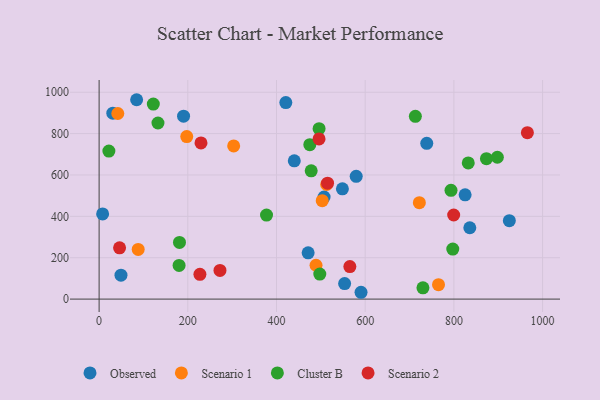
{"axis": {"x": "Study Hours", "y": "Demand"}, "legend": ["Cluster B", "Observed", "Scenario 1", "Scenario 2"], "data": [{"x": "553.6", "y": 75.1, "type": "Observed"}, {"x": "825.3", "y": 504.2, "type": "Observed"}, {"x": "421.0", "y": 950.0, "type": "Observed"}, {"x": "30.9", "y": 899.0, "type": "Observed"}, {"x": "548.6", "y": 533.0, "type": "Observed"}, {"x": "507.3", "y": 493.1, "type": "Observed"}, {"x": "84.6", "y": 963.8, "type": "Observed"}, {"x": "590.6", "y": 33.0, "type": "Observed"}, {"x": "925.0", "y": 379.2, "type": "Observed"}, {"x": "738.8", "y": 752.9, "type": "Observed"}, {"x": "49.3", "y": 115.8, "type": "Observed"}, {"x": "835.9", "y": 344.8, "type": "Observed"}, {"x": "471.3", "y": 223.9, "type": "Observed"}, {"x": "7.9", "y": 411.6, "type": "Observed"}, {"x": "190.4", "y": 884.1, "type": "Observed"}, {"x": "579.7", "y": 593.7, "type": "Observed"}, {"x": "440.1", "y": 668.2, "type": "Observed"}, {"x": "303.4", "y": 740.4, "type": "Scenario 1"}, {"x": "765.3", "y": 69.5, "type": "Scenario 1"}, {"x": "722.1", "y": 466.2, "type": "Scenario 1"}, {"x": "489.1", "y": 163.6, "type": "Scenario 1"}, {"x": "503.1", "y": 475.9, "type": "Scenario 1"}, {"x": "197.6", "y": 785.5, "type": "Scenario 1"}, {"x": "42.1", "y": 897.2, "type": "Scenario 1"}, {"x": "88.1", "y": 240.2, "type": "Scenario 1"}, {"x": "513.1", "y": 554.0, "type": "Scenario 1"}, {"x": "478.2", "y": 620.1, "type": "Cluster B"}, {"x": "730.2", "y": 54.5, "type": "Cluster B"}, {"x": "793.5", "y": 525.7, "type": "Cluster B"}, {"x": "181.2", "y": 273.8, "type": "Cluster B"}, {"x": "22.0", "y": 715.8, "type": "Cluster B"}, {"x": "180.3", "y": 163.0, "type": "Cluster B"}, {"x": "496.0", "y": 823.8, "type": "Cluster B"}, {"x": "873.4", "y": 679.0, "type": "Cluster B"}, {"x": "497.6", "y": 121.2, "type": "Cluster B"}, {"x": "713.1", "y": 883.5, "type": "Cluster B"}, {"x": "132.7", "y": 851.3, "type": "Cluster B"}, {"x": "832.4", "y": 658.1, "type": "Cluster B"}, {"x": "475.1", "y": 746.6, "type": "Cluster B"}, {"x": "122.2", "y": 942.8, "type": "Cluster B"}, {"x": "797.5", "y": 241.9, "type": "Cluster B"}, {"x": "898.0", "y": 685.7, "type": "Cluster B"}, {"x": "377.5", "y": 406.2, "type": "Cluster B"}, {"x": "227.3", "y": 119.8, "type": "Scenario 2"}, {"x": "799.5", "y": 406.6, "type": "Scenario 2"}, {"x": "965.7", "y": 804.5, "type": "Scenario 2"}, {"x": "515.1", "y": 560.4, "type": "Scenario 2"}, {"x": "229.7", "y": 755.0, "type": "Scenario 2"}, {"x": "272.5", "y": 138.7, "type": "Scenario 2"}, {"x": "495.9", "y": 774.3, "type": "Scenario 2"}, {"x": "46.1", "y": 248.1, "type": "Scenario 2"}, {"x": "565.4", "y": 157.1, "type": "Scenario 2"}]}